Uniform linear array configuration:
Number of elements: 4
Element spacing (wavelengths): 1
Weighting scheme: cosine
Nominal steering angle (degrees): -30
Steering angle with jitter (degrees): -30.595
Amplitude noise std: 0.05
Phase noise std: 0.05

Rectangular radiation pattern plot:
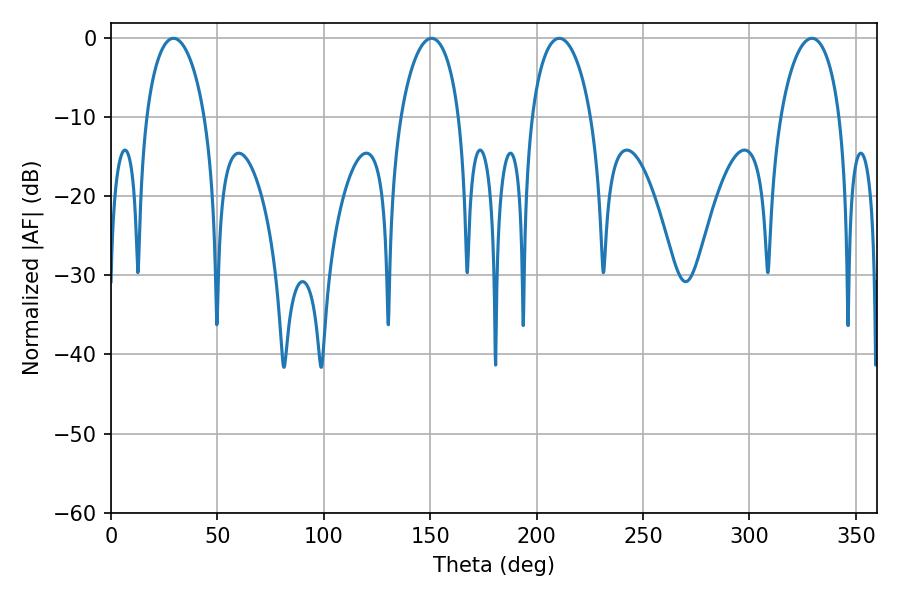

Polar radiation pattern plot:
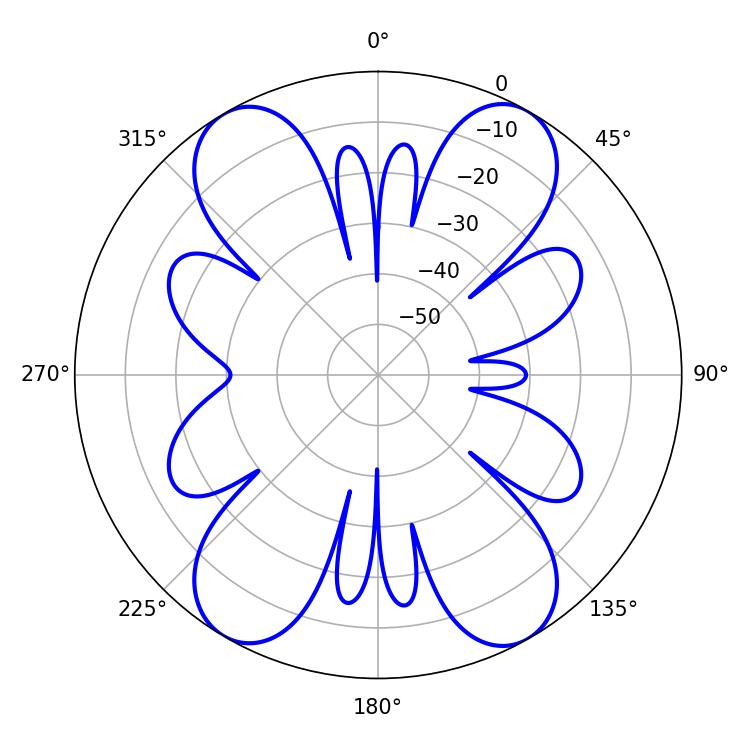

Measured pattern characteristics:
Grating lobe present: TRUE
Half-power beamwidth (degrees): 15.84
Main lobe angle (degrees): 29.34